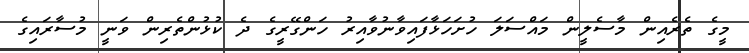
މީގެ ތެރެއިން މާސެލީން މައްސަލަ ހުށަހަޅާފައިވާނުވާއިރު ހަންގޭރީގެ ދެ ކުޅުންތެރިން ވަނީ މުސާރައިގެ